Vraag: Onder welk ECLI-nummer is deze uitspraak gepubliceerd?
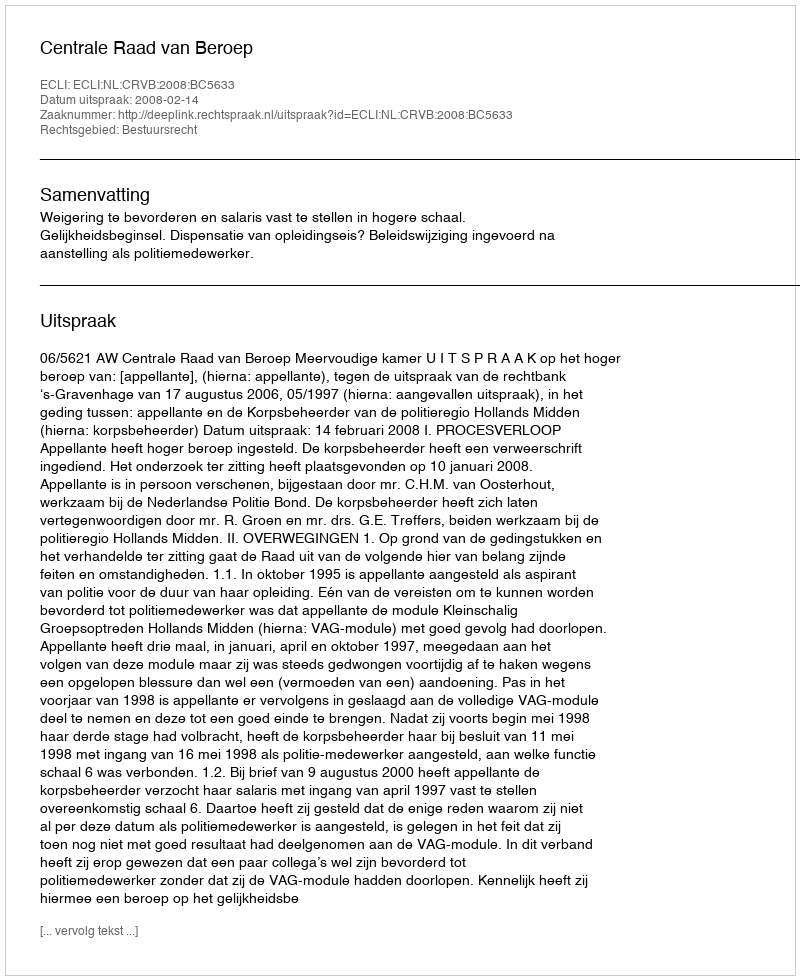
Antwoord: ECLI:NL:CRVB:2008:BC5633